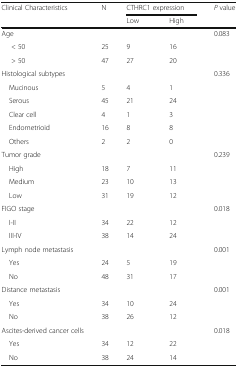
<table><thead><tr><td rowspan="2"><b>Clinical Characteristics</b></td><td rowspan="2"><b>N</b></td><td colspan="2"><b>CTHRC1 expression</b></td><td rowspan="2"><b><i>P</i> value</b></td></tr><tr><td><b>Low</b></td><td><b>High</b></td></tr></thead><tbody><tr><td>Age</td><td></td><td></td><td></td><td>0.083</td></tr><tr><td>&lt; 50</td><td>25</td><td>9</td><td>16</td><td></td></tr><tr><td>&gt; 50</td><td>47</td><td>27</td><td>20</td><td></td></tr><tr><td>Histological subtypes</td><td></td><td></td><td></td><td>0.336</td></tr><tr><td> Mucinous</td><td>5</td><td>4</td><td>1</td><td></td></tr><tr><td> Serous</td><td>45</td><td>21</td><td>24</td><td></td></tr><tr><td> Clear cell</td><td>4</td><td>1</td><td>3</td><td></td></tr><tr><td> Endometrioid</td><td>16</td><td>8</td><td>8</td><td></td></tr><tr><td> Others</td><td>2</td><td>2</td><td>0</td><td></td></tr><tr><td>Tumor grade</td><td></td><td></td><td></td><td>0.239</td></tr><tr><td> High</td><td>18</td><td>7</td><td>11</td><td></td></tr><tr><td> Medium</td><td>23</td><td>10</td><td>13</td><td></td></tr><tr><td> Low</td><td>31</td><td>19</td><td>12</td><td></td></tr><tr><td>FIGO stage</td><td></td><td></td><td></td><td>0.018</td></tr><tr><td> I-II</td><td>34</td><td>22</td><td>12</td><td></td></tr><tr><td> III-IV</td><td>38</td><td>14</td><td>24</td><td></td></tr><tr><td>Lymph node metastasis</td><td></td><td></td><td></td><td>0.001</td></tr><tr><td> Yes</td><td>24</td><td>5</td><td>19</td><td></td></tr><tr><td> No</td><td>48</td><td>31</td><td>17</td><td></td></tr><tr><td>Distance metastasis</td><td></td><td></td><td></td><td>0.001</td></tr><tr><td> Yes</td><td>34</td><td>10</td><td>24</td><td></td></tr><tr><td> No</td><td>38</td><td>26</td><td>12</td><td></td></tr><tr><td>Ascites-derived cancer cells</td><td></td><td></td><td></td><td>0.018</td></tr><tr><td> Yes</td><td>34</td><td>12</td><td>22</td><td></td></tr><tr><td> No</td><td>38</td><td>24</td><td>14</td><td></td></tr></tbody></table>